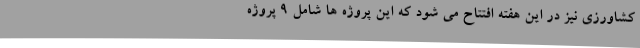
کشاورزی نیز در این هفته افتتاح می شود که این پروژه ها شامل 9 پروژه